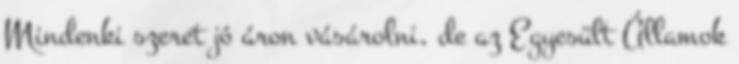
Mindenki szeret jó áron vásárolni, de az Egyesült Államok